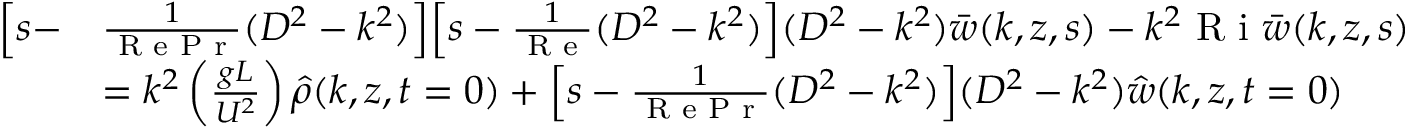
\begin{array} { r l } { \Big [ s - } & { \frac { 1 } { \textrm { R e P r } } ( D ^ { 2 } - k ^ { 2 } ) \Big ] \Big [ s - \frac { 1 } { \textrm { R e } } ( D ^ { 2 } - k ^ { 2 } ) \Big ] ( D ^ { 2 } - k ^ { 2 } ) \bar { w } ( k , z , s ) - k ^ { 2 } \textrm { R i } \bar { w } ( k , z , s ) } \\ & { = k ^ { 2 } \left( \frac { g L } { U ^ { 2 } } \right) \hat { \rho } ( k , z , t = 0 ) + \Big [ s - \frac { 1 } { \textrm { R e P r } } ( D ^ { 2 } - k ^ { 2 } ) \Big ] ( D ^ { 2 } - k ^ { 2 } ) \hat { w } ( k , z , t = 0 ) } \end{array}